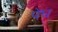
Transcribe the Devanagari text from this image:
पेघ